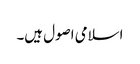
اسلامی اصول ہیں۔